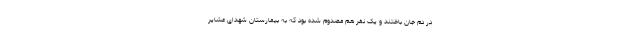
در دم جان باختند و یک نفر هم مصدوم شده بود که به بیمارستان شهدای عشایر